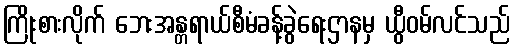
ကြိုးစားလိုက် ဘေးအန္တရာယ်စီမံခန့်ခွဲရေးဌာနမှ ယွီဝမ်လင်သည်